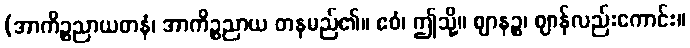
(အာကိဉ္စညာယတနံ၊ အာကိဉ္စညာယ တနမည်၏။ ဧဝံ၊ ဤသို့။ ဈာနဉ္စ၊ ဈာန်လည်းကောင်း။